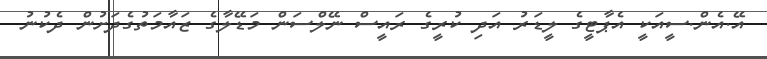
އޭ.އެން.ސީއަކީ އެޕާޓީގެ ލީޑަރު އަދި ކުރީގެ ރައީސް ނޭލްސަން މަޑޭލާގެ ޒައާމަތުގެދަށުން ދެކުނު